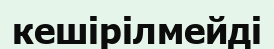
кешірілмейді